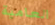
العامية